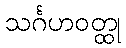
သင်္ဂဟဝတ္ထု